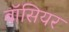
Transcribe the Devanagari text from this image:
बॉसियर